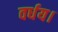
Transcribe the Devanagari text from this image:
वर्धय।